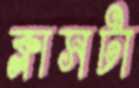
ক্লাসটা